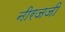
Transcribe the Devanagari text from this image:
नीरजजी